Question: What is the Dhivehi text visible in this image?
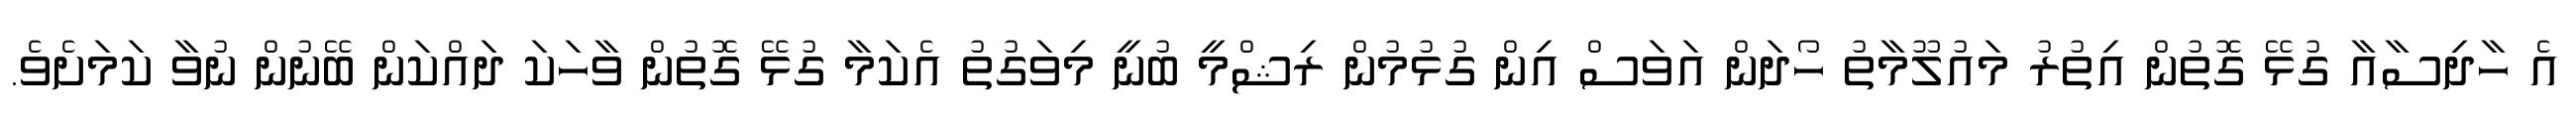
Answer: އެ ހާދިސާއާ ގުޅޭ ގޮތުން އިތުރު މައުލޫމާތު ހޯދަން އަވަސް އިން ގުޅުމުން ރިޝްމީ ބުނީ މިވަގުތު އެކަމާ ގުޅޭ ގޮތުން ވާހަކަ ދައްކަން ބޭނުން ނުވާ ކަމަށެވެ.